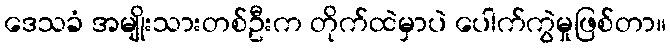
ဒေသခံ အမျိုးသားတစ်ဦးက တိုက်ထဲမှာပဲ ပေါက်ကွဲမှုဖြစ်တာ။